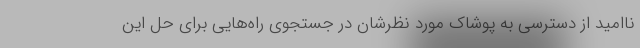
ناامید از دسترسی به پوشاک مورد نظرشان در جستجوی راه‌هایی برای حل این